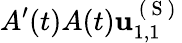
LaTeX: A^{\prime}(t)A(t)\mathbf{u}_{1,1}^{\mathrm{~(~S~)~}}